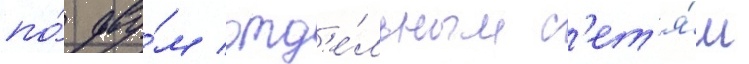
по́ дву́м отд'е́льным с'ет'я́м